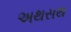
અથસથ